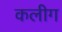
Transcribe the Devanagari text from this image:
कलीग